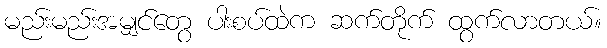
မည်းမည်းအမျှင်တွေ ပါးစပ်ထဲက ဆက်တိုက် ထွက်လာတယ်။